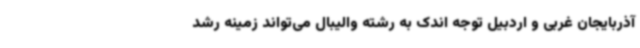
آذربایجان غربی و اردبیل توجه اندک به رشته والیبال می‌تواند زمینه رشد